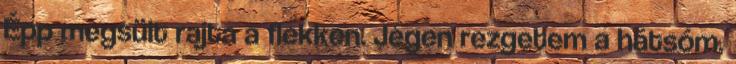
Épp megsült rajta a flekken. Jégen rezgetem a hátsóm.